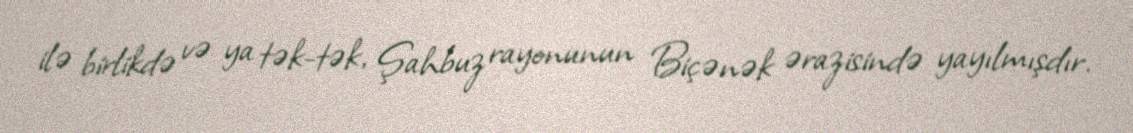
ilə birlikdə və ya tək-tək, Şahbuz rayonunun Biçənək ərazisində yayılmışdır.